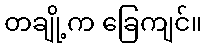
တချို့က ခြေကျင်။